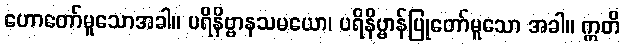
ဟောတော်မူသောအခါ။ ပရိနိဗ္ဗာနသမယော၊ ပရိနိဗ္ဗာန်ပြုတော်မူသော အခါ။ ဣတိ